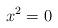
LaTeX: \begin{align*}x^2=0\end{align*}